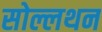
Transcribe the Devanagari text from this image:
सोल्लथन